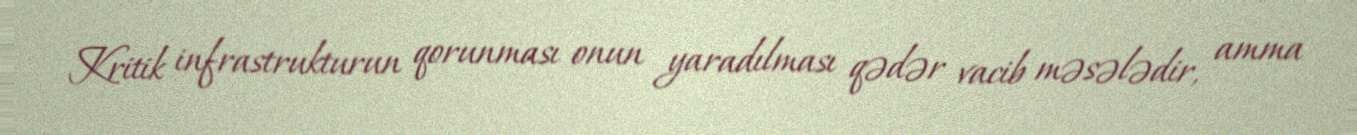
Kritik infrastrukturun qorunması onun yaradılması qədər vacib məsələdir, amma